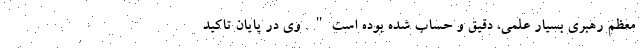
معظم رهبری بسیار علمی، دقیق و حساب شده بوده است". وی در پایان تاکید